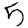
Digit: 5